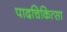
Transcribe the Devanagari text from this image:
पादचिकित्सा